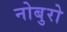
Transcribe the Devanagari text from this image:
नोबुरो